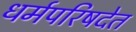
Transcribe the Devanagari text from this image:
धर्मपरिषदेत